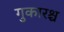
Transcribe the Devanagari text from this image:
गुकारश्च